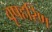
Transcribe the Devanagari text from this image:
वृषहरिण